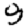
Digit: 9